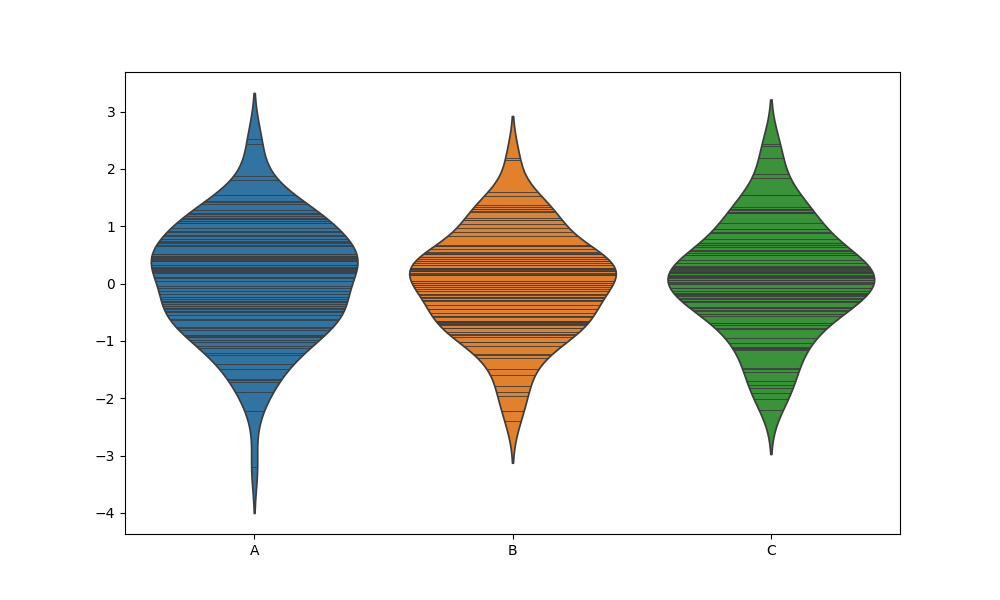
python, seaborn, violinplot, scale='area', split='False', inner='stick', fill='True'